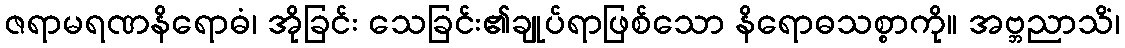
ဇရာမရဏနိရောဓံ၊ အိုခြင်း သေခြင်း၏ချုပ်ရာဖြစ်သော နိရောဓသစ္စာကို။ အဗ္ဘညာသိံ၊